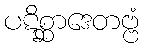
ပဋိစ္ဆာဒေတဗ္ဗံ